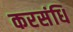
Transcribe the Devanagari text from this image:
करसंधि